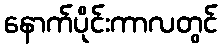
နောက်ပိုင်းကာလတွင်